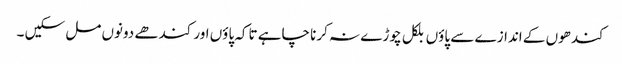
کندھوں کے اندازے سے پاؤں بلکل چوڑے نہ کرنا چاہے تاکہ پاؤں اور کندھے دونوں مل سکیں ۔